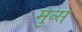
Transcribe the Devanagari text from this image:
मुव्स